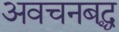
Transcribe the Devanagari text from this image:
अवचनबद्ध